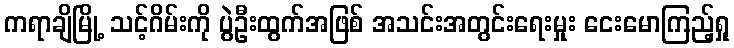
ကရာချိမြို့ သင့်ဂိမ်းကို ပွဲဦးထွက်အဖြစ် အသင်းအတွင်းရေးမှုး ငေးမောကြည့်ရှု